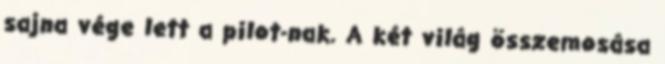
sajna vége lett a pilot-nak. A két világ összemosása